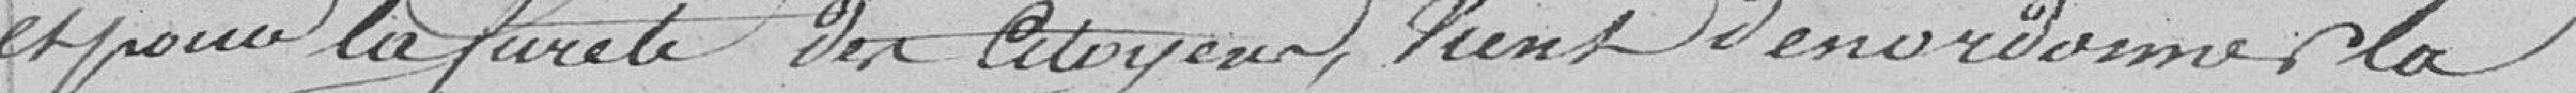
pour la sureté des citoyens, vient d'en ordonner la